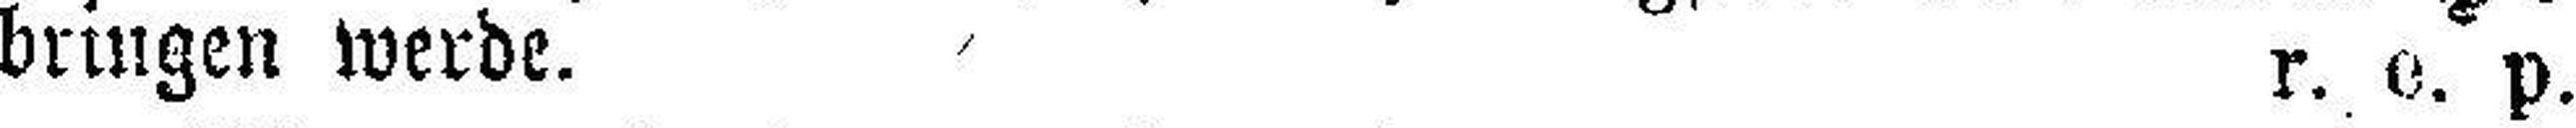
bringen werde. r. e. p.